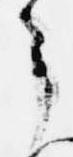
了